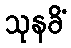
သုနခိံ